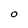
Character: O